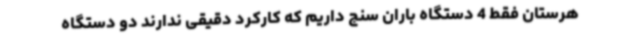
هرستان فقط 4 دستگاه باران‌ سنج داریم که کارکرد دقیقی ندارند دو دستگاه